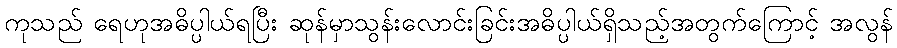
ကုသည် ရေဟုအဓိပ္ပါယ်ရပြီး ဆုန်မှာသွန်းလောင်းခြင်းအဓိပ္ပါယ်ရှိသည့်အတွက်ကြောင့် အလွန်